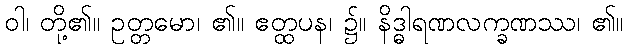
ဝါ၊ တို့၏။ ဥတ္တမော၊ ၏။ ဧတ္ထပန၊ ၌။ နိဒ္ဓါရဏလက္ခဏဿ၊ ၏။